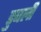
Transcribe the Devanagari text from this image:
डुबली